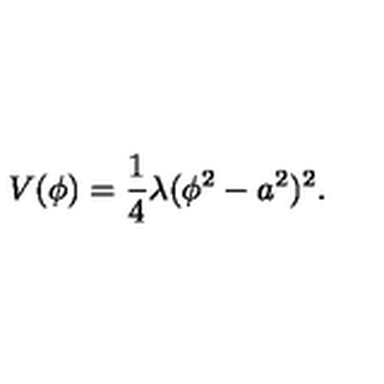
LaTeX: V ( \phi ) = \frac { 1 } { 4 } \lambda ( \phi ^ { 2 } - a ^ { 2 } ) ^ { 2 } .